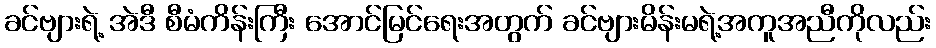
ခင်ဗျားရဲ့ အဲဒီ စီမံကိန်းကြီး အောင်မြင်ရေးအတွက် ခင်ဗျားမိန်းမရဲ့အကူအညီကိုလည်း